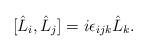
LaTeX: \begin{align*}[\hat{L}_{i},\hat{L}_{j}]=i\epsilon_{ijk}\hat{L}_{k}. \end{align*}